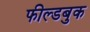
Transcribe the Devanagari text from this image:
फील्डबुक